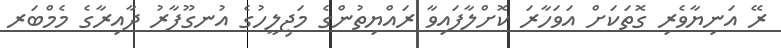
ރޭ އަނިޔާވެރި ގޮތަކަށް އަވަހާރަ ކޮށްލާފައިވާ ރައްޔިތުންގެ މަޖިލީހުގެ އުނގޫފާރު ދާއިރާގެ މެމްބަރ